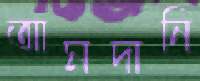
আমদানি